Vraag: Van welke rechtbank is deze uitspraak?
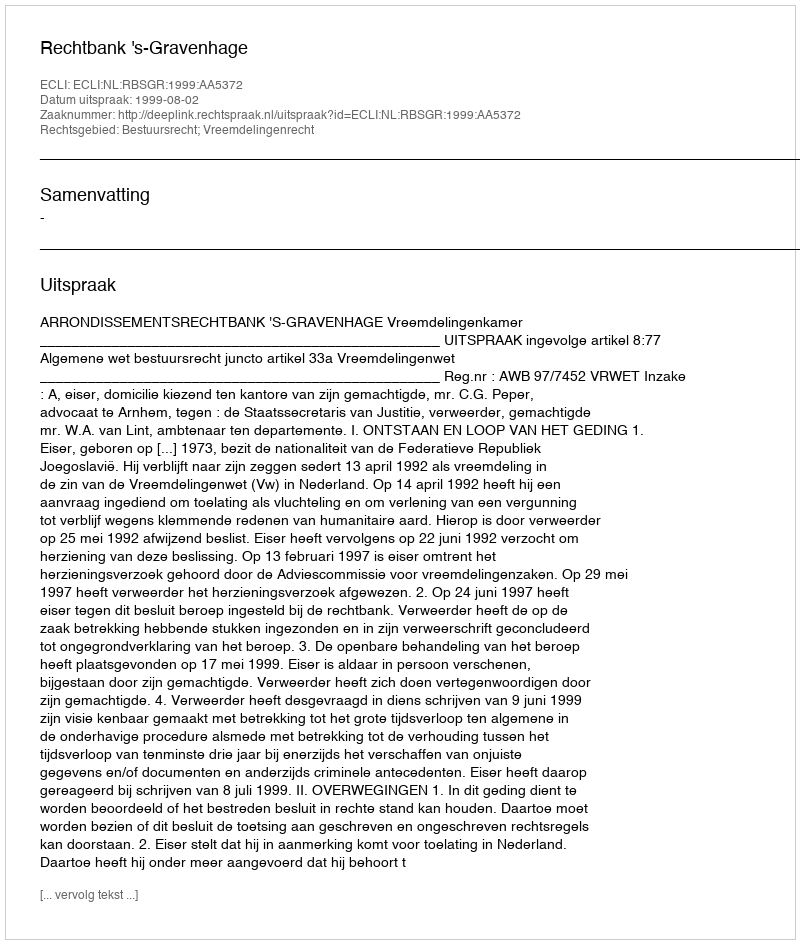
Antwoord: Rechtbank 's-Gravenhage